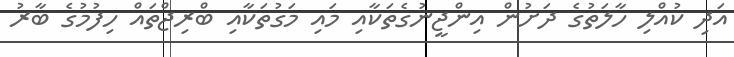
އަދި ކުއްލި ހާލަތުގެ ދަށުން އިންޖީނުގެތަކާއި މައި މަގުތަކާއި ބްރިޖްތައް ހިފުމުގެ ބާރު